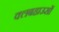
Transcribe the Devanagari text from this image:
क्लबहाउसों